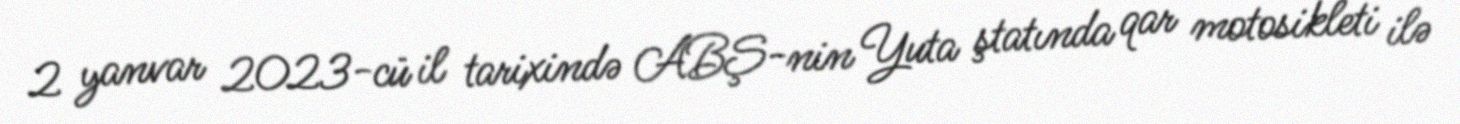
2 yanvar 2023-cü il tarixində ABŞ-nin Yuta ştatında qar motosikleti ilə